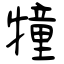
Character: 犝